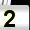
Digit: 2